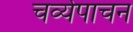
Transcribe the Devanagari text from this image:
चर्व्यपाचन